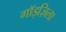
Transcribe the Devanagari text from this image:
गॉड़ज़िला